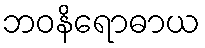
ဘဝနိရောဓာယ